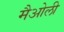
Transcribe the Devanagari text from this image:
मैओली